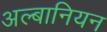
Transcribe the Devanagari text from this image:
अल्बानियन